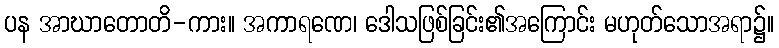
ပန အာဃာတောတိ-ကား။ အကာရဏေ၊ ဒေါသဖြစ်ခြင်း၏အကြောင်း မဟုတ်သောအရာ၌။